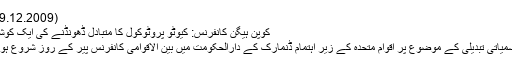
(09.12.2009)
کوپن ہیگن کانفرنس: کیوٹو پروٹوکول کا متبادل ڈھونڈنے کی ایک کوشش
موسمیاتی تبدیلی کے موضوع پر اقوام متحدہ کے زیر اہتمام ڈنمارک کے دارالحکومت میں بین الاقوامی کانفرنس پیر کے روز شروع ہوئی۔